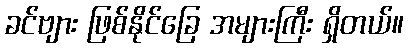
ခင်ဗျား ဖြစ်နိုင်ခြေ အများကြီး ရှိတယ်။